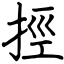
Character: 挳